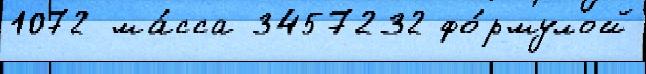
1072 ма́сса 3457232 фо́рмулой